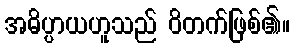
အဓိပ္ပာယဟူသည် ဝိတက်ဖြစ်၏။